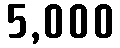
5,000